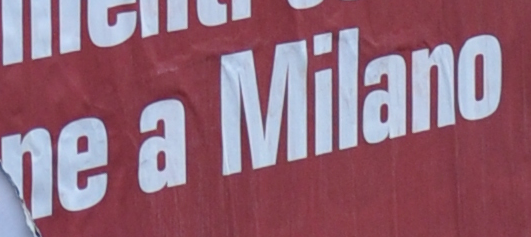
ne a Milano